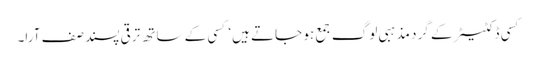
کسی ڈکٹیٹر کے گرد مذہبی لوگ جمع ہو جاتے ہیں‘ کسی کے ساتھ ترقی پسند صف آرا۔